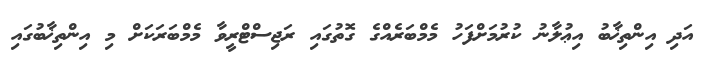
އަދި އިންތިޚާބު އިޢުލާނު ކުރުމަށްފަހު މެމްބަރެއްގެ ގޮތުގައި ރަޖިސްޓްރީވާ މެމްބަރަކަށް މި އިންތިޚާބުގައި